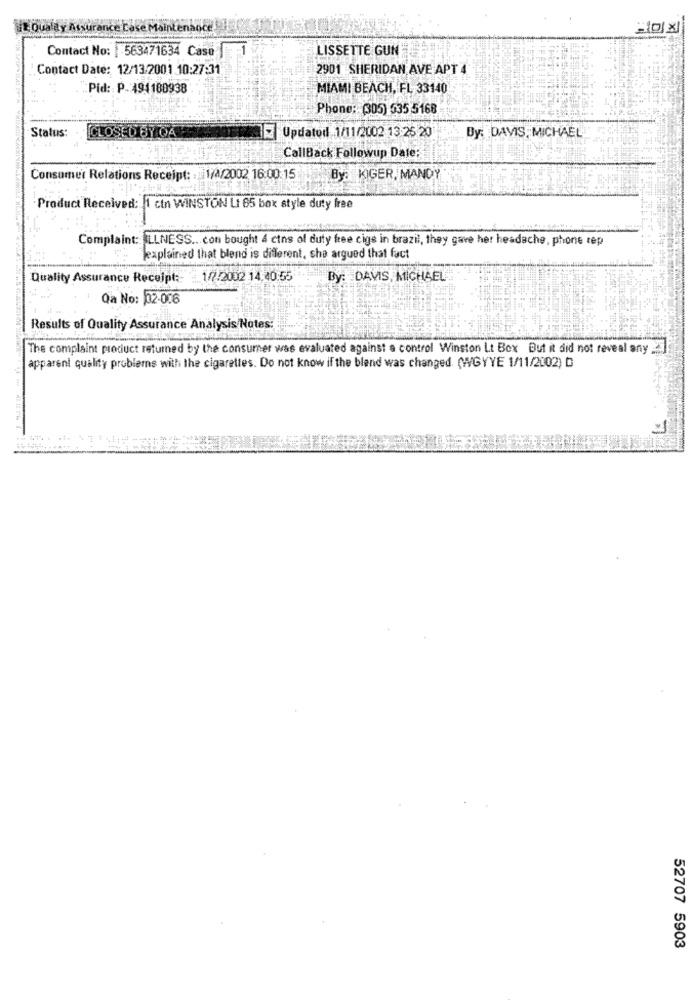
e Maint
Contact No: 563471634 Caso
LISSETTE GUN
Contact Date: 12/13/2001 10:27:31
2901 SHERIDAN AVE APT 4
"Pid: P.494188938
MIAMI BEACH, FL 33140
Phone: (305) 535 5168
Status:
CLOSED BY QA
Updated 1/11/2002 13:25 20
By: DAVIS, MICHAEL
CallBack Followup Date:
Consumer Relations Receipt: : 1/4/2002 16:00:15
By: KIGER, MANDY
Product Received: 1 ctn WINSTON Lt 65 box style duty free
Complaint: ILLNESS ... con bought 4 cins of duty free cigs in brazil, they gave her headache, phone rep
explained that blend is different, she argued that fact
Quality Assurance Receipt :-
1/7/2002 14.40:55
By: DAVIS, MICHAEL
Qa No: 02-006
Results of Quality Assurance Analysis/Notes:
The complaint product returned by the consumer was evaluated against a control Winston Lt Box But it did not reveal any
apparent quality problems with the cigarettes. Do not know if the blend was changed. (WGYYE 1/11/2002) D
52707 5903